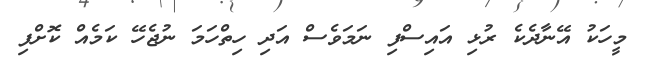
މީހަކު އޭނާދެކެ ރުޅި އައިސްފި ނަމަވެސް އަދި ހިތްހަމަ ނުޖެހޭ ކަމެއް ކޮށްފި